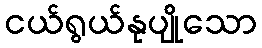
ငယ်ရွယ်နုပျိုသော